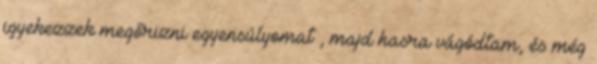
igyekezzek megőrizni egyensúlyomat , majd hasra vágódtam, és még